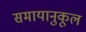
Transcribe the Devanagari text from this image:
समायानुकूल